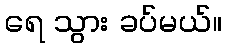
ရေ သွား ခပ်မယ်။